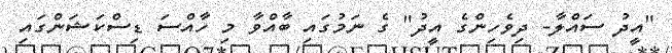
"އީދު ސައްލާ- ދިވެހިންގެ އީދު" ގެ ނަމުގައި ބާއްވާ މި ހާއްސަ ޑިސްކަޝަންގައި